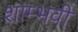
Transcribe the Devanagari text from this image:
शाम्भवी